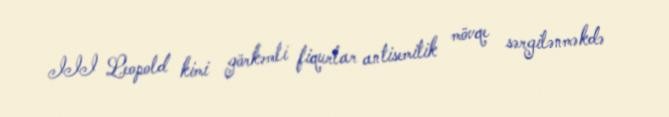
III Leopold kimi görkəmli fiqurlar antisemitik mövqe sərgilənməkdə